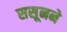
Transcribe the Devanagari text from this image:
ससूनने